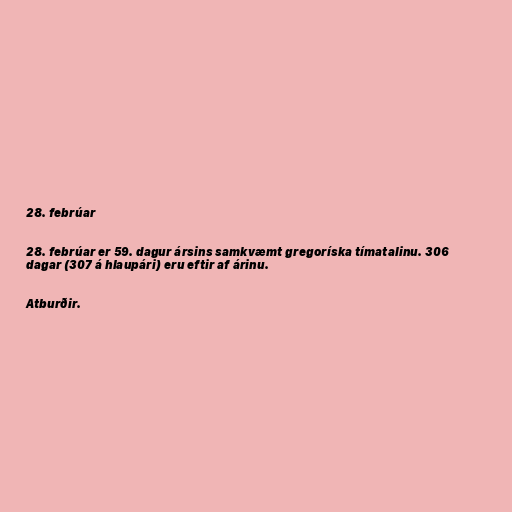
28. febrúar

28. febrúar er 59. dagur ársins samkvæmt gregoríska tímatalinu. 306
dagar (307 á hlaupári) eru eftir af árinu.

Atburðir.